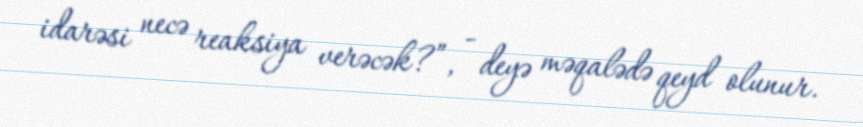
idarəsi necə reaksiya verəcək?”, - deyə məqalədə qeyd olunur.